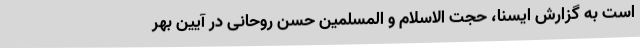
است به گزارش ایسنا، حجت الاسلام و المسلمین حسن روحانی در آیین بهر